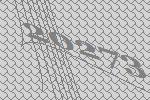
20273